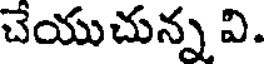
చేయుచున్న వి.